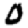
Digit: 0